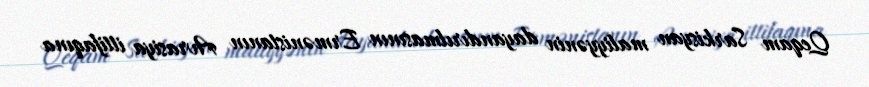
Qeqam Sarkisyan maliyyənin dayandırılmasının Ermənistanın Avrasiya ittifaqına